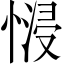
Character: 𢟖